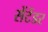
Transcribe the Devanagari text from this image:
सेंटेंडर